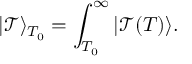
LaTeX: | \mathcal { T } \rangle _ { T _ { 0 } } = \int _ { T _ { 0 } } ^ { \infty } | \mathcal { T } ( T ) \rangle .